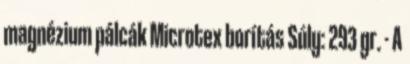
magnézium pálcák Microtex borítás Súly: 293 gr. - A